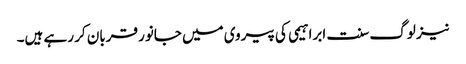
نیز لوگ سنت ابراہیمی کی پیروی میں جانور قربان کر رہے ہیں۔